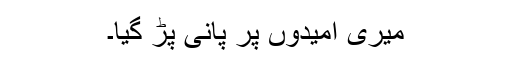
میری امیدوں پر پانی پڑ گیا۔